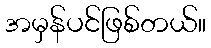
အမှန်ပင်ဖြစ်တယ်။